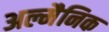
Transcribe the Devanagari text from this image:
अल्मैनिक